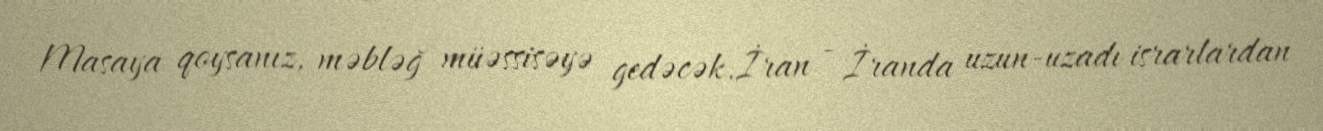
Masaya qoysanız, məbləğ müəssisəyə gedəcək.İran - İranda uzun-uzadı israrlardan